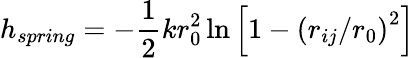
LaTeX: h_{spring}=-\frac{1}{2}kr_{0}^{2}\ln\left[1-\left(r_{ij}/r_{0}\right)^{2}\right]